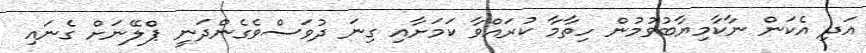
އަދި އެކަން ނާކާމިޔާބުވުމުން ހިތާމާ ކުރައްވާ ކަމަށާއި ގިނަ ދުވަސްވެގެންދަނީ ޕްލޭނަށް ގެނައި